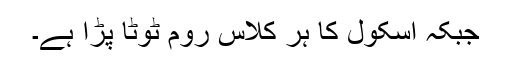
جبکہ اسکول کا ہر کلاس روم ٹوٹا پڑا ہے۔